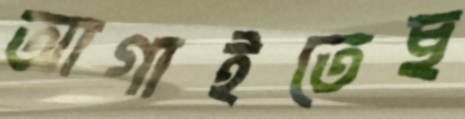
আগাইতেছ